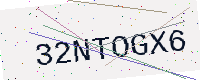
Text: 32NTOGX6